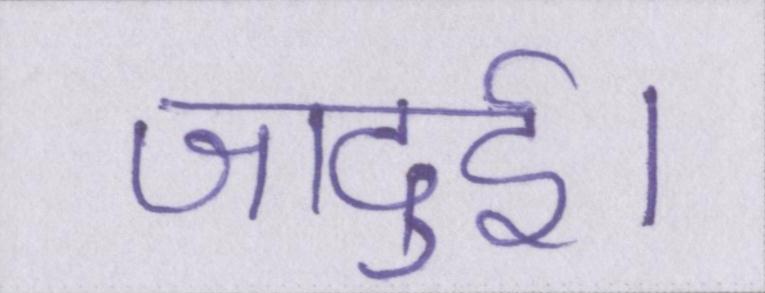
जादुई।